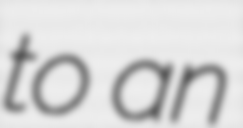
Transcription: to an